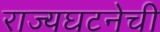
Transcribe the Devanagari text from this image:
राज्यघटनेची